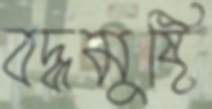
বদ্ধমুষ্টি